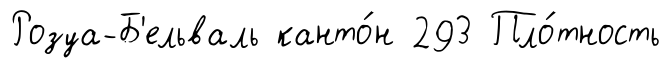
Розуа-Б'ельваль канто́н 293 Пло́тность